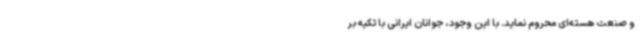
و صنعت هسته‌ای محروم نماید. با این وجود، جوانان ایرانی با تکیه بر